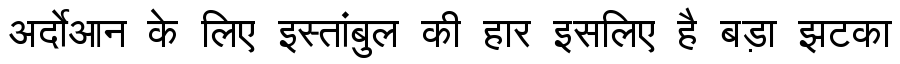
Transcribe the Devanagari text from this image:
अर्दोआन के लिए इस्तांबुल की हार इसलिए है बड़ा झटका